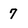
Character: 7